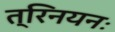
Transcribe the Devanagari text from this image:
त्रिनयनः